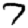
Digit: 7